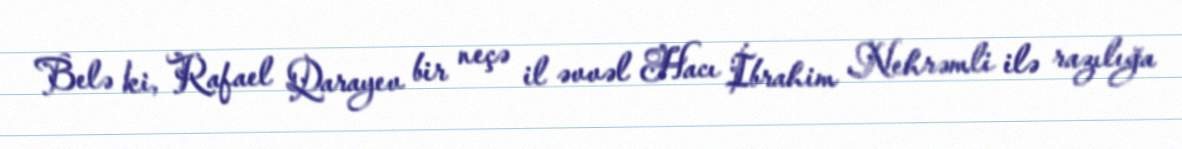
Belə ki, Rafael Qarayev bir neçə il əvvəl Hacı İbrahim Nehrəmli ilə razılığa